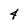
Character: 4